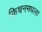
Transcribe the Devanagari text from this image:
किचनमधला